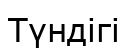
Түндігі